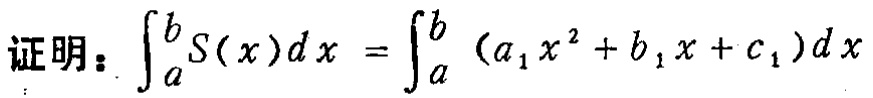
证明：\(\int_{a}^{b}S(x)dx = \int_{a}^{b} (a_{1}x^{2}+b_{1}x + c_{1})dx\)